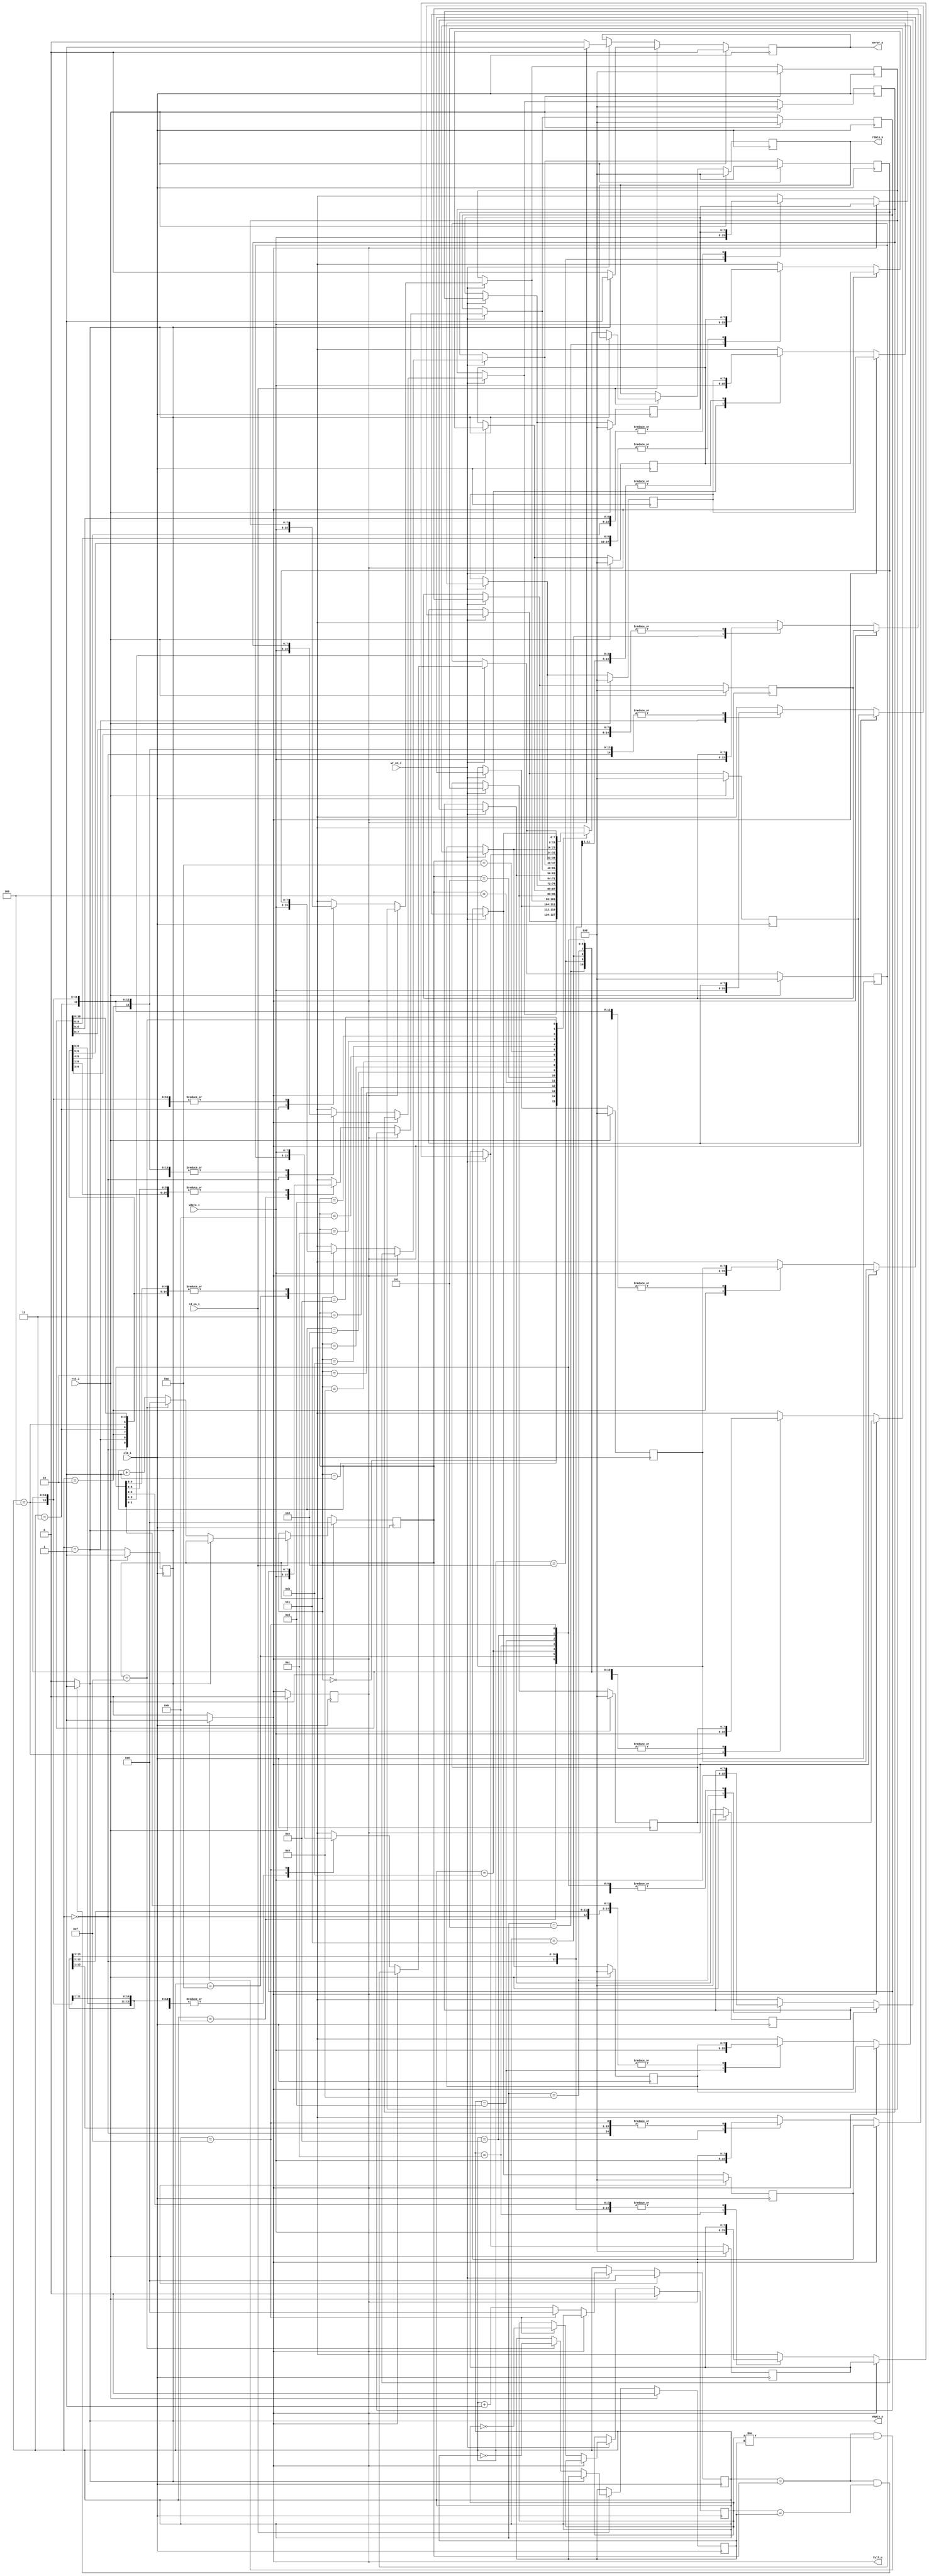

module synch_fifo(clk_i,rst_i,wdata_i,rdata_o,wr_en_i,rd_en_i,full_o,empty_o,error_o);
parameter WIDTH=8;
parameter DEPTH=16;
parameter ADDR_WIDTH=$clog2(DEPTH);
input clk_i,rst_i,wr_en_i,rd_en_i;
input [WIDTH-1:0]wdata_i;
output reg [WIDTH-1:0]rdata_o;
output reg full_o,empty_o,error_o;
reg [ADDR_WIDTH-1:0]wr_ptr,rd_ptr;//intermediate connections
reg wr_toggle_f,rd_toggle_f;//intermediate connections
reg [WIDTH-1:0]mem[DEPTH-1:0];//fifo declaration
integer i;
always @(posedge clk_i)begin
	if(rst_i==1)begin
		rdata_o=0;
		full_o=0;
		empty_o=1;
		error_o=0;
		wr_ptr=0;
		rd_ptr=0;
		wr_toggle_f=0;
		rd_toggle_f=0;
		for(i=0;i<DEPTH;i=i+1)begin
			mem[i]=0;
		end
	end
	else begin
		if(wr_en_i==1)begin
			if(full_o==0)begin
				error_o=0;
				mem[wr_ptr]=wdata_i;//write the wdata to the locations of the memory
				if(wr_ptr==DEPTH-1)begin
					wr_ptr=0;
					wr_toggle_f=~wr_toggle_f;
				end
				else begin
					wr_ptr=wr_ptr+1;
				end
			end
			else begin
				error_o=1;
			end
		end
		if(rd_en_i==1)begin
			if(empty_o==0)begin
				error_o=0;
				rdata_o=mem[rd_ptr];//write the wdata to the locations of the memory
				if(rd_ptr==DEPTH-1)begin
					rd_ptr=0;
					rd_toggle_f=~rd_toggle_f;
				end
				else begin
					rd_ptr=rd_ptr+1;
				end
			end
			else begin
				error_o=1;
			end
		end
	end
end
always@(*)begin
	empty_o=0;
	full_o=0;
	if(wr_ptr==rd_ptr && wr_toggle_f==rd_toggle_f)begin
		empty_o=1;
	end
	if(wr_ptr==rd_ptr && wr_toggle_f!=rd_toggle_f)begin
		full_o=1;
	end
end
endmodule